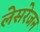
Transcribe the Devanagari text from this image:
लेसरेजन